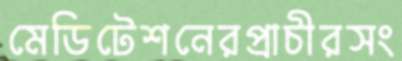
মেডিটেশনেরপ্রাচীরসং